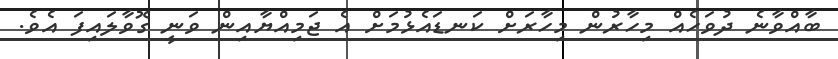
ބާއްވާނެ ދުވަހެއް މިހާރުން މިހާރަށް ކަނޑައެޅުމަށް އެ ޖަމިއްޔާއިން ވަނީ ގޮވާލައިފަ އެވެ.